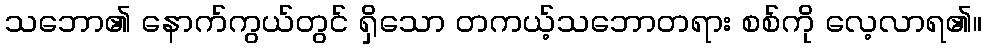
သဘော၏ နောက်ကွယ်တွင် ရှိသော တကယ့်သဘောတရား စစ်ကို လေ့လာရ၏။